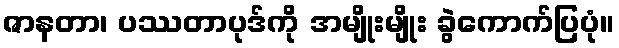
ဇာနတာ၊ ပဿတာပုဒ်ကို အမျိုးမျိုး ခွဲကောက်ပြပုံ။